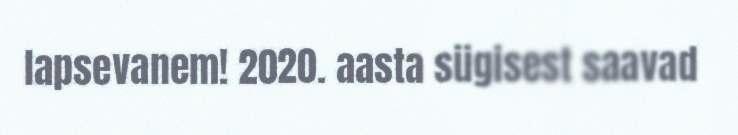
lapsevanem! 2020. aasta sügisest saavad